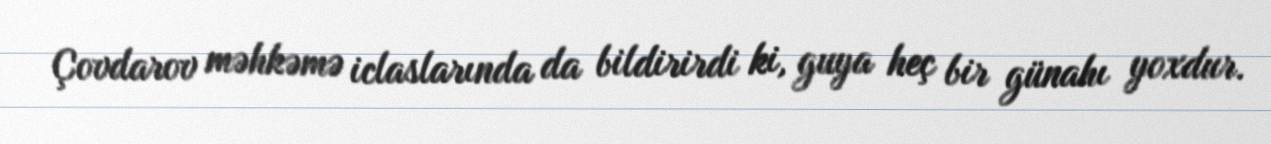
Çovdarov məhkəmə iclaslarında da bildirirdi ki, guya heç bir günahı yoxdur.